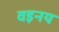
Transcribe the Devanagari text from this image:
वइनय